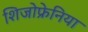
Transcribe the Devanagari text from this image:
शिजोफ्रेनिया